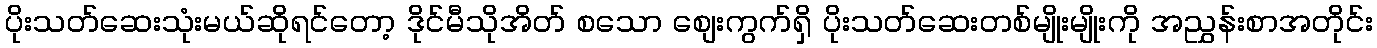
ပိုးသတ်ဆေးသုံးမယ်ဆိုရင်တော့ ဒိုင်မီသိုအိတ် စသော စျေးကွက်ရှိ ပိုးသတ်ဆေးတစ်မျိုးမျိုးကို အညွှန်းစာအတိုင်း